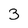
Character: 3